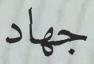
جهاد